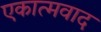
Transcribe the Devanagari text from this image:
एकात्मवाद